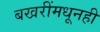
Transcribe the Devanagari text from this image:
बखरींमधूनही